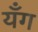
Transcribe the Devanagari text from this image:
यँग